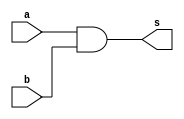
module and2_16 (
    input a,
    input b,
    output reg s
  );
  
  
  
  always @* begin
    s = a & b;
  end
endmodule